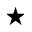
\star